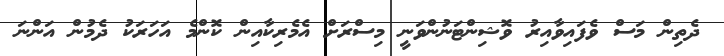
ދެތިން މަސް ވެފައިވާއިރު ވޮޝިންޓަނުންވަނީ މިސްރަށް އެމެރިކާއިން ކޮންމެ އަހަރަކު ދެމުން އަންނަ